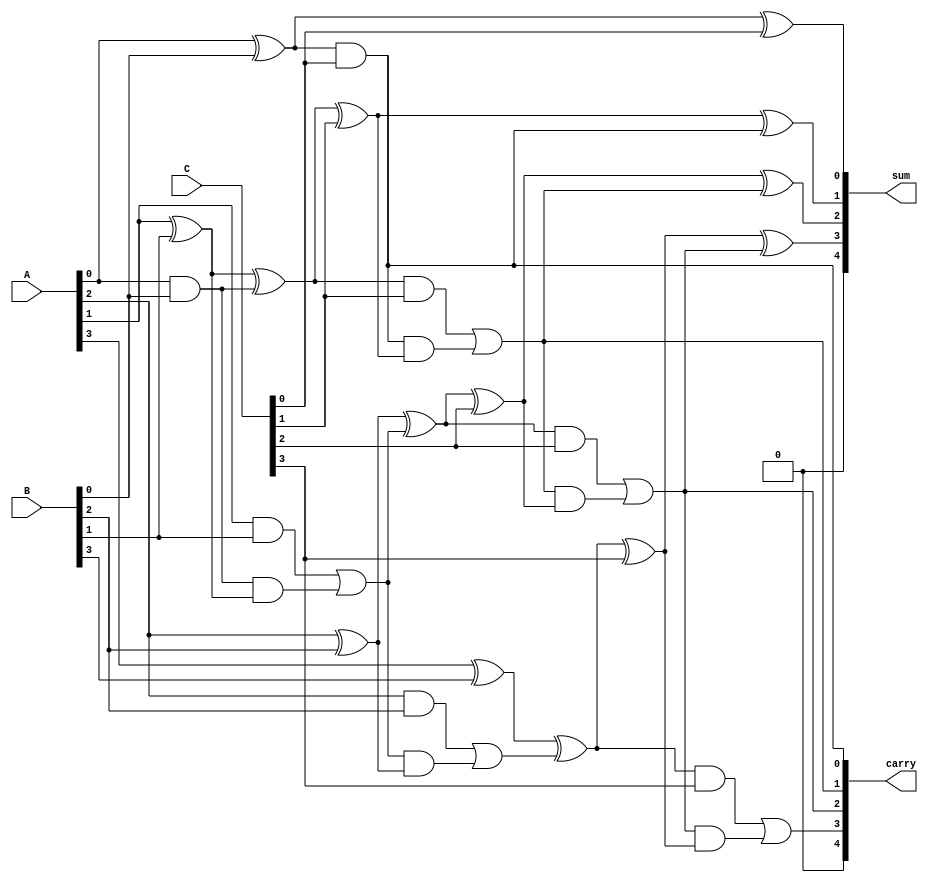
module carry_save_adder #(parameter N = 4) (
    input  [N-1:0] A, // First input
    input  [N-1:0] B, // Second input
    input  [N-1:0] C, // Third input
    output [N:0] sum,  // Sum output (N bits + 1 carry bit)
    output [N:0] carry // Carry output (N bits + 1 carry bit)
);

    wire [N-1:0] half_sum;   // Half adder sum outputs
    wire [N-1:0] half_carry;  // Half adder carry outputs
    wire [N-1:0] full_sum;    // Full adder sum outputs
    wire [N-1:0] full_carry;   // Full adder carry outputs

    // Half Adder for A and B
    genvar i;
    generate
        for (i = 0; i < N; i = i + 1) begin : half_adders
            if (i == 0) begin
                assign half_sum[i] = A[i] ^ B[i]; // Sum of A and B
                assign half_carry[i] = A[i] & B[i]; // Carry from A and B
            end else begin
                assign half_sum[i] = A[i] ^ B[i] ^ half_carry[i-1]; // Sum with carry from previous
                assign half_carry[i] = (A[i] & B[i]) | (half_carry[i-1] & (A[i] ^ B[i])); // Carry logic
            end
        end
    endgenerate

    // Full Adder for half_sum and C
    generate
        for (i = 0; i < N; i = i + 1) begin : full_adders
            if (i == 0) begin
                assign full_sum[i] = half_sum[i] ^ C[i]; // Sum of half_sum and C
                assign full_carry[i] = half_sum[i] & C[i]; // Carry from half_sum and C
            end else begin
                assign full_sum[i] = half_sum[i] ^ C[i] ^ full_carry[i-1]; // Sum with carry from previous
                assign full_carry[i] = (half_sum[i] & C[i]) | (full_carry[i-1] & (half_sum[i] ^ C[i])); // Carry logic
            end
        end
    endgenerate

    // Final carry output
    assign carry = {full_carry[N-1], full_carry[N-2:0]};
    // Final sum output
    assign sum = {full_sum[N-1], full_sum[N-2:0]};

endmodule